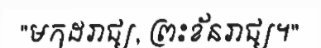
"មកុដរាជ្យ, ព្រះខ័នរាជ្យ។"